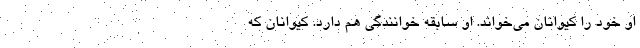
او خود را کیوانان می‌خواند. او سابقه خوانندگی هم دارد. کیوانان که